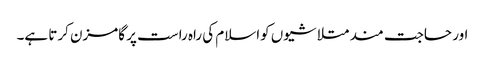
اور حاجت مند متلاشیوں کواسلام کی راہ راست پر گامزن کرتا ہے۔